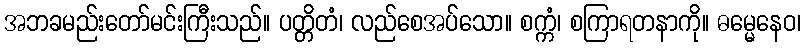
အဘခမည်းတော်မင်းကြီးသည်။ ပတ္တိတံ၊ လည်စေအပ်သော။ စက္ကံ၊ စကြာရတနာကို။ ဓမ္မေနေဝ၊